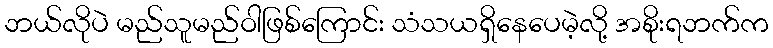
ဘယ်လိုပဲ မည်သူမည်ဝါဖြစ်ကြောင်း သံသယရှိနေပေမဲ့လို့ အစိုးရဘက်က